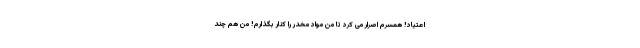
اعتیاد! همسرم اصرار می کرد تا من مواد مخدر را کنار بگذارم! من هم چند